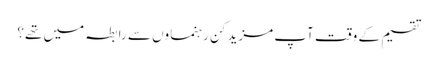
تقسیم کے وقت آپ مزید کن رہنماوں سے رابطہ میں تھے؟